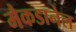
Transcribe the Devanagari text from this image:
मैकडानेल